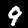
Label: 9